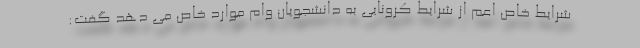
شرایط خاص اعم از شرایط کرونایی به دانشجویان وام موارد خاص می دهد گفت: